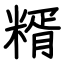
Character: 糈